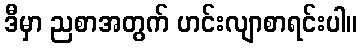
ဒီမှာ ညစာအတွက် ဟင်းလျာစာရင်းပါ။